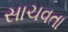
સાચવતા